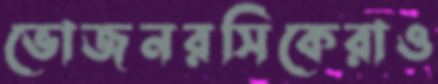
ভোজনরসিকেরাও